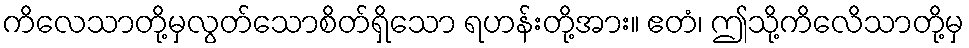
ကိလေသာတို့မှလွတ်သောစိတ်ရှိသော ရဟန်းတို့အား။ ဧတံ၊ ဤသို့ကိလေိသာတို့မှ